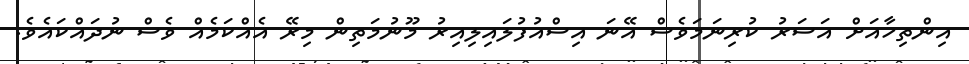
އިންތިހާއަށް އަސަރު ކުރިނަމަވެސް އޭނަ އިސްއުފުލައިލިއިރު މޫނުމަތިން މިރޭ އެއްކަމެއް ވެސް ނުދައްކައެވެ.